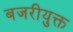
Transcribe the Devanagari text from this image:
बजरीयुक्त